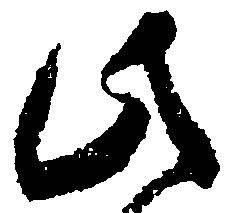
此